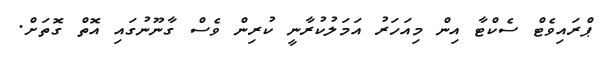
ޕްރައިވެޓް ސެކްޓާ އިން މިއަހަރު އަމަލުކުރާނީ ކުރިން ވެސް ގާނޫނުގައި އޮތް ގޮތަށް.